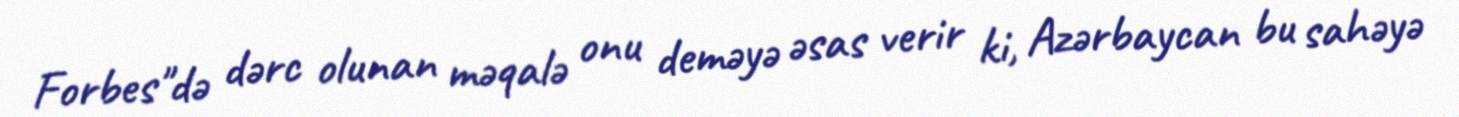
Forbes"də dərc olunan məqalə onu deməyə əsas verir ki, Azərbaycan bu sahəyə